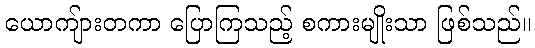
ယောကျ်ားတကာ ပြောကြသည့် စကားမျိုးသာ ဖြစ်သည်။